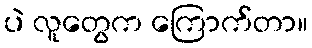
ပဲ လူတွေက ကြောက်တာ။